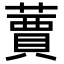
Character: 𦽿